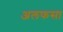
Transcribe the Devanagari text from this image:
अलफसा